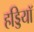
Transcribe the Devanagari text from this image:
हड्डियॉ